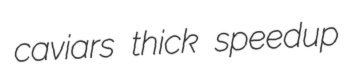
caviars thick speedup